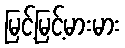
မြင့်မြင့်မားမား